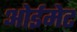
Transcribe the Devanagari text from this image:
ओईमेट